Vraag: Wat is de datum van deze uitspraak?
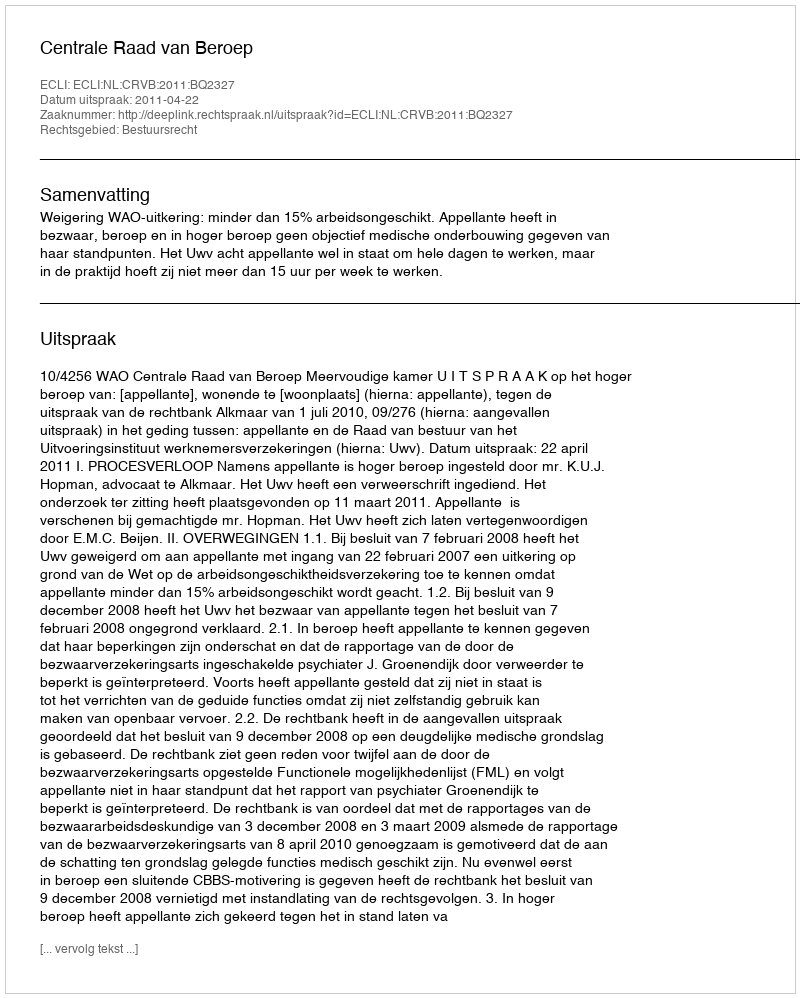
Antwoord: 2011-04-22